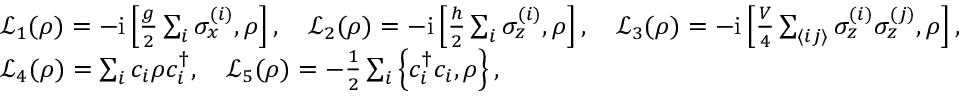
\begin{array} { r l } & { \mathcal { L } _ { 1 } ( { \rho } ) = - \mathrm { i } \left[ \frac { g } { 2 } \sum _ { i } \sigma _ { x } ^ { ( i ) } , { \rho } \right] , \quad \mathcal { L } _ { 2 } ( { \rho } ) = - \mathrm { i } \left[ \frac { h } { 2 } \sum _ { i } \sigma _ { z } ^ { ( i ) } , { \rho } \right] , \quad \mathcal { L } _ { 3 } ( { \rho } ) = - \mathrm { i } \left[ \frac { V } { 4 } \sum _ { \langle i j \rangle } \sigma _ { z } ^ { ( i ) } \sigma _ { z } ^ { ( j ) } , { \rho } \right] , } \\ & { \mathcal { L } _ { 4 } ( { \rho } ) = \sum _ { i } { c } _ { i } { \rho } { c } _ { i } ^ { \dagger } , \quad \mathcal { L } _ { 5 } ( { \rho } ) = - \frac { 1 } { 2 } \sum _ { i } \left\{ { c } _ { i } ^ { \dagger } { c } _ { i } , { \rho } \right\} , } \end{array}